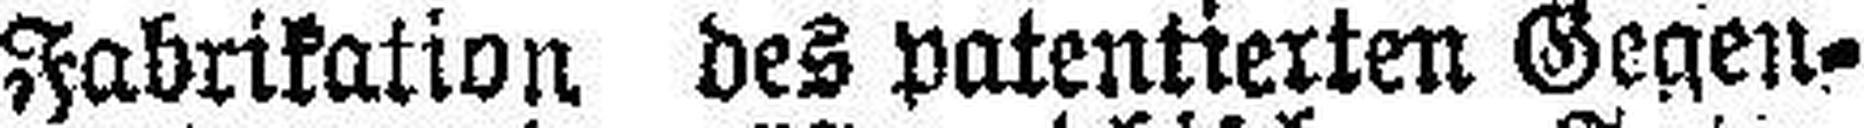
Fabrikation des patentierten Gegen¬